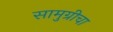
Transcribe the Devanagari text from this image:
सामुग्रीचा